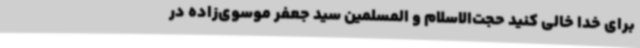
برای خدا خالی کنید حجت‌الاسلام و المسلمین سید جعفر موسوی‌زاده در